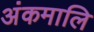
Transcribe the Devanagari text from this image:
अंकमालि